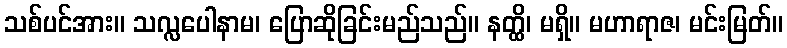
သစ်ပင်အား။ သလ္လပေါနာမ၊ ပြောဆိုခြင်းမည်သည်။ နတ္ထိ၊ မရှိ။ မဟာရာဇ၊ မင်းမြတ်။